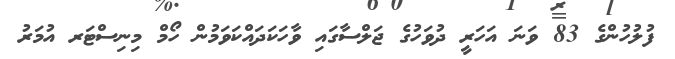
ފުލުހުންގެ 83 ވަނަ އަހަރީ ދުވަހުގެ ޖަލްސާގައި ވާހަކަދައްކަވަމުން ހޯމް މިނިސްޓަރ އުމަރު